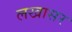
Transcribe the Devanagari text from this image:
लखासर